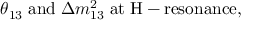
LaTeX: \theta _ { 1 3 } \; \mathrm { a n d } \; \Delta m _ { 1 3 } ^ { 2 } \; \mathrm { a t \; H - r e s o n a n c e } ,